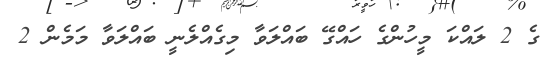
ގެ 2 ލައްކަ މީހުންގެ ހައްގޭ ބައްލަވާ މިގެއްލެނީ ބައްލަވާ މަމެން 2